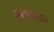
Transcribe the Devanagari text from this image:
गुलाबखास